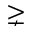
\gneq